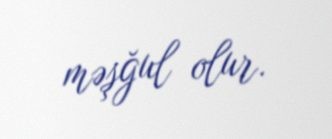
məşğul olur.